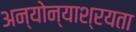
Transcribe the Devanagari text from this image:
अन्योन्याश्रयता